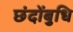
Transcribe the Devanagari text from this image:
छंदोंबुधि